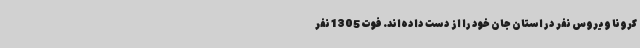
کرونا ویروس نفر در استان جان خود را از دست داده‌اند. فوت 1305 نفر